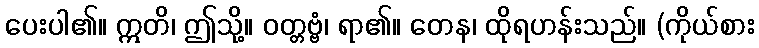
ပေးပါ၏။ ဣတိ၊ ဤသို့။ ဝတ္တဗ္ဗံ၊ ရာ၏။ တေန၊ ထိုရဟန်းသည်။ (ကိုယ်စား